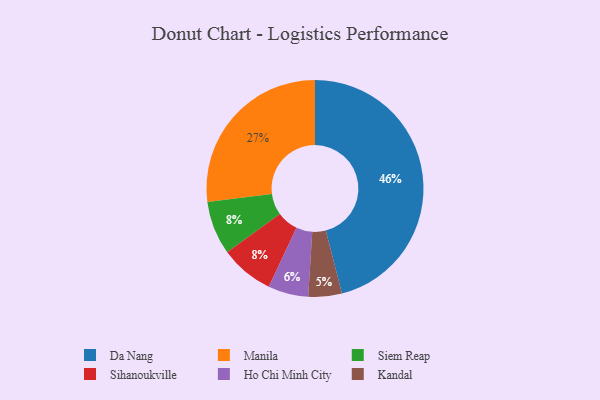
{"axis": {"x": "Category", "y": "Percentage"}, "legend": ["Da Nang", "Ho Chi Minh City", "Kandal", "Manila", "Siem Reap", "Sihanoukville"], "data": [{"x": "Manila", "y": 27, "type": "Manila"}, {"x": "Ho Chi Minh City", "y": 6, "type": "Ho Chi Minh City"}, {"x": "Kandal", "y": 5, "type": "Kandal"}, {"x": "Da Nang", "y": 46, "type": "Da Nang"}, {"x": "Siem Reap", "y": 8, "type": "Siem Reap"}, {"x": "Sihanoukville", "y": 8, "type": "Sihanoukville"}]}